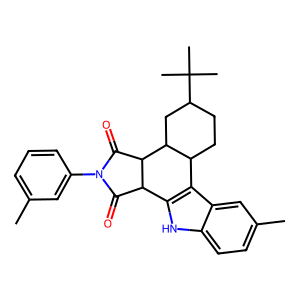
SMILES: Cc1cccc(N2C(=O)C3c4[nH]c5ccc(C)cc5c4C4CCC(C(C)(C)C)CC4C3C2=O)c1
Inhibits HIV replication: No